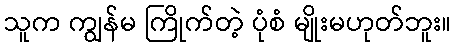
သူက ကျွန်မ ကြိုက်တဲ့ ပုံစံ မျိုးမဟုတ်ဘူး။